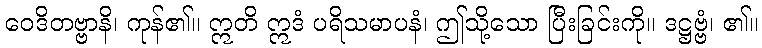
ဝေဒိတဗ္ဗာနိ၊ ကုန်၏။ ဣတိ ဣဒံ ပရိသမာပနံ၊ ဤသို့သော ပြီးခြင်းကို။ ဒဋ္ဌဗ္ဗံ၊ ၏။